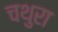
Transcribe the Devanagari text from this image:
चथुरा